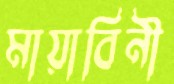
মায়াবিনী